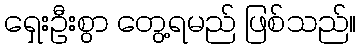
ရှေးဦးစွာ တွေ့ရမည် ဖြစ်သည်။